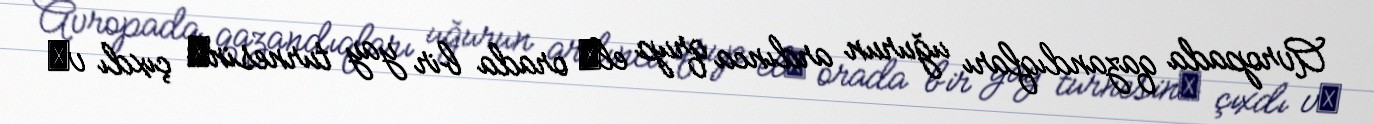
Avropada qazandıqları uğurun ardınca qrup elә orada bir yay turnesinә çıxdı vә